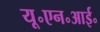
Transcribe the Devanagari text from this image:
यू॰एन॰आई॰